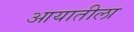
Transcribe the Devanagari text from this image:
आयातीला